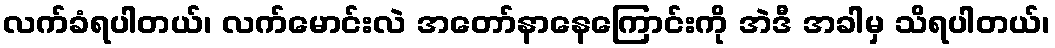
လက်ခံရပါတယ်၊ လက်မောင်းလဲ အတော်နာနေကြောင်းကို အဲဒီ အခါမှ သိရပါတယ်၊